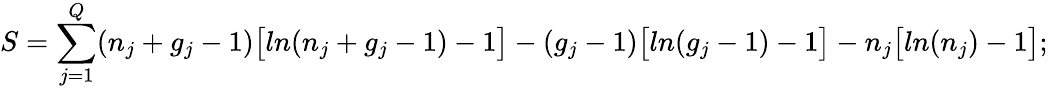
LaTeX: S=\sum_{j=1}^{Q}(n_{j}+g_{j}-1)\big[ln(n_{j}+g_{j}-1)-1\big]-(g_{j}-1)\big[ln(g_{j}-1)-1\big]-n_{j}\big[ln(n_{j})-1\big];